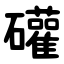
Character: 礶